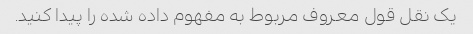
یک نقل قول معروف مربوط به مفهوم داده شده را پیدا کنید.